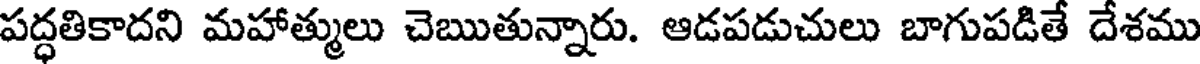
పద్ధతికాదని మహాత్ములు చెఋతున్నారు. ఆడపడుచులు బాగుపడితే దేశము